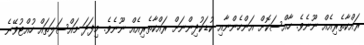
ރައްކާތެރިއެއް ނޫނެވެ. ހާއްސަކޮށް އަންހެންނާއި ކުޑަކުދިންނަށް ރައްކާތެރިއެއް ނޫނެވެ. މިފަދަ މައްސަލަތައް ހުއްޓުވޭނެ